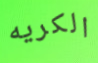
الكريه